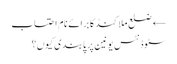
← ضلع ملاکنڈ کا برائے نام احتساب
سٹوڈنٹس یونین پر پابندی کیوں؟